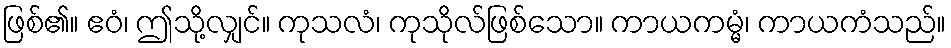
ဖြစ်၏။ ဧဝံ၊ ဤသို့လျှင်။ ကုသလံ၊ ကုသိုလ်ဖြစ်သော။ ကာယကမ္မံ၊ ကာယကံသည်။